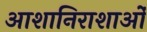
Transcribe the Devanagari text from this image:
आशानिराशाओं